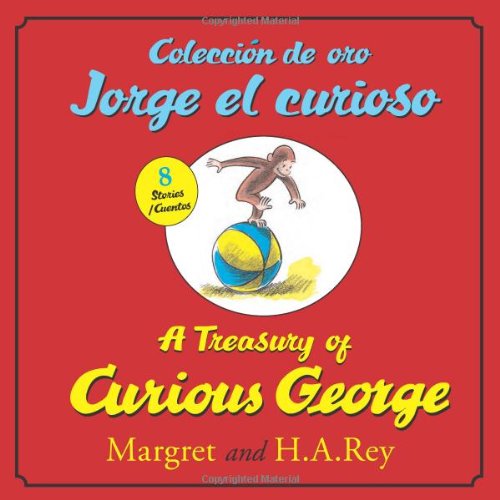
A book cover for Coleccion de oro Jorge el curioso/A Treasury of Curious George (bilingual edition) (Spanish and English Edition); H. A. Rey; Children's Books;